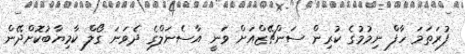
ފުރަތަމަ ހާފް ނިމުމުގެ ކުރިން ސަންޗޭޒްއަށް ވަނީ އާސެނަލްގެ ދެވަނަ ގޯލް ކާމިޔާބުކޮށްދޭން